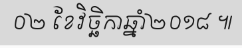
០២ ខែវិច្ឆិកាឆ្នាំ២០១៨ ៕